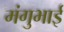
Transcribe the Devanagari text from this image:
मंगुभाई